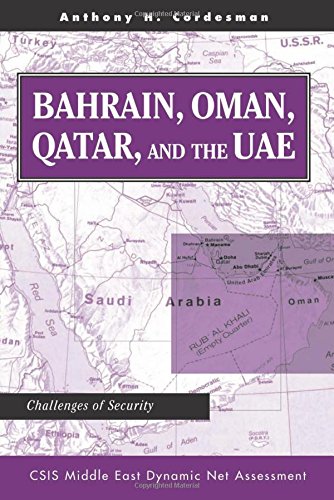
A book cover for Bahrain, Oman, Qatar, And The Uae: Challenges Of Security (CSIS Middle East Dynamic Net Assessment); Anthony H Cordesman; History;